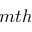
m t h